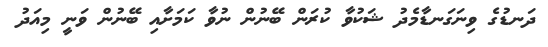
ދަނޑުގެ ވިނަގަނޑާމެދު ޝަކުވާ ކުރަން ބޭނުން ނުވާ ކަމަށާއި ބޭނުން ވަނީ މިއަދު